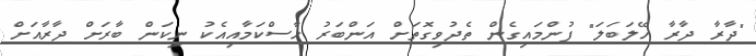
"ދާރާ ދާރާ ހޭލަބަލަ" ފުންމައިގެން ތެދުވިގޮތަށް އަންބަރު ހާސްކަމާއިއެކު ނިކަން ބާރަށް ދާރާއަށް